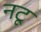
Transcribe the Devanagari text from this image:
नटू